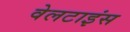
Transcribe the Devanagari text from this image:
वेलटाइंस